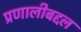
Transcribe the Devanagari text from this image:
प्रणालीबद्दल